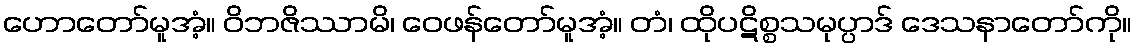
ဟောတော်မူအံ့။ ဝိဘဇိဿာမိ၊ ဝေဖန်တော်မူအံ့။ တံ၊ ထိုပဋိစ္စသမုပ္ပာဒ် ဒေသနာတော်ကို။